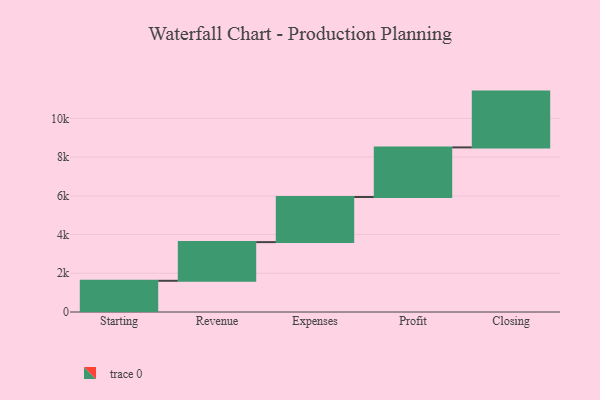
{"axis": {"x": "Step", "y": "Value"}, "legend": [""], "data": [{"x": "Starting", "y": 1612.0, "type": ""}, {"x": "Revenue", "y": 1997.0, "type": ""}, {"x": "Expenses", "y": 2330.0, "type": ""}, {"x": "Profit", "y": 2562.0, "type": ""}, {"x": "Closing", "y": 2882.0, "type": ""}]}